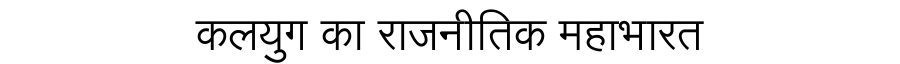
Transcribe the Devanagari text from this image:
कलयुग का राजनीतिक महाभारत